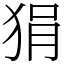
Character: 狷